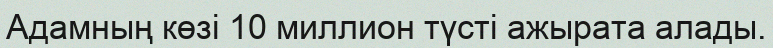
Адамның көзі 10 миллион түсті ажырата алады.